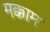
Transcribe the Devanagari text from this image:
मक्काम